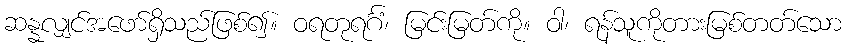
ဆန္နလျှင်အဖော်ရှိသည်ဖြစ်၍။ ဝရတုရင်္ဂံ၊ မြင်းမြတ်ကို။ ဝါ၊ ရန်သူကိုတားမြစ်တတ်သော